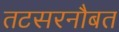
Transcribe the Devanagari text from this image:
तटसरनौबत